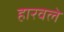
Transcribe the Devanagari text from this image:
हारवले